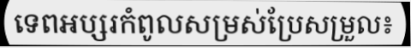
ទេពអប្សរកំពូលសម្រស់ប្រែសម្រួល៖